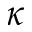
\kappa